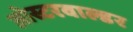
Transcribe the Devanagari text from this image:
ओस्टरवाल्डर